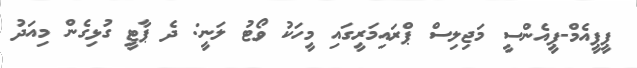
ޕީޕީއެމް-ޕީއެންސީ މަޖިލިސް ޕްރައިމަރީގައި މީހަކު ވޯޓު ލަނީ: ދެ ޕާޓީ ގުޅިގެން މިއަދު